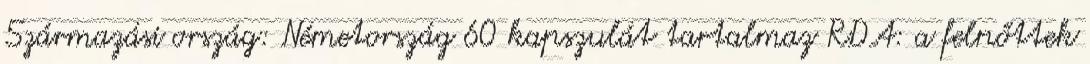
Származási ország: Németország 60 kapszulát tartalmaz RDA: a felnőttek